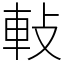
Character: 軙